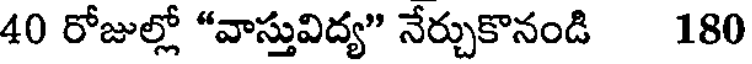
40 రోజుల్లో "వాస్తువిద్య" నేర్చుకొనండి 180